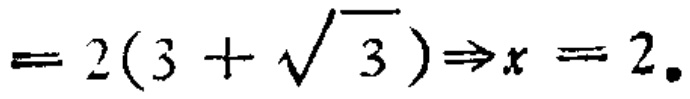
$=2(3 + \sqrt{3})\Rightarrow x = 2。$